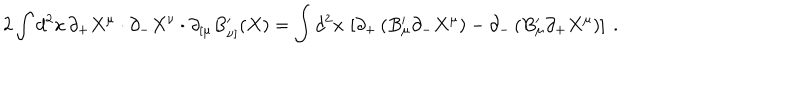
LaTeX: 2 \int d ^ { 2 } x \, \partial _ { + } X ^ { \mu } \cdot \partial _ { - } X ^ { \nu } \cdot \partial _ { [ \mu } B _ { \nu ] } ^ { \prime } ( X ) = \int d ^ { 2 } x \, \left[ \partial _ { + } \left( B _ { \mu } ^ { \prime } \partial _ { - } X ^ { \mu } \right) - \partial _ { - } \left( B _ { \mu } ^ { \prime } \partial _ { + } X ^ { \mu } \right) \right] \ .